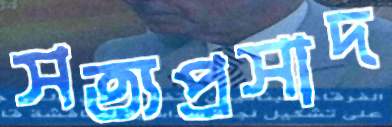
সত্যপ্রসাদ